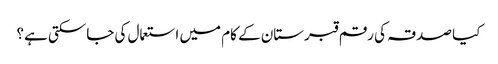
کیا صدقہ کی رقم قبرستان کے کام میں استعمال کی جاسکتی ہے؟